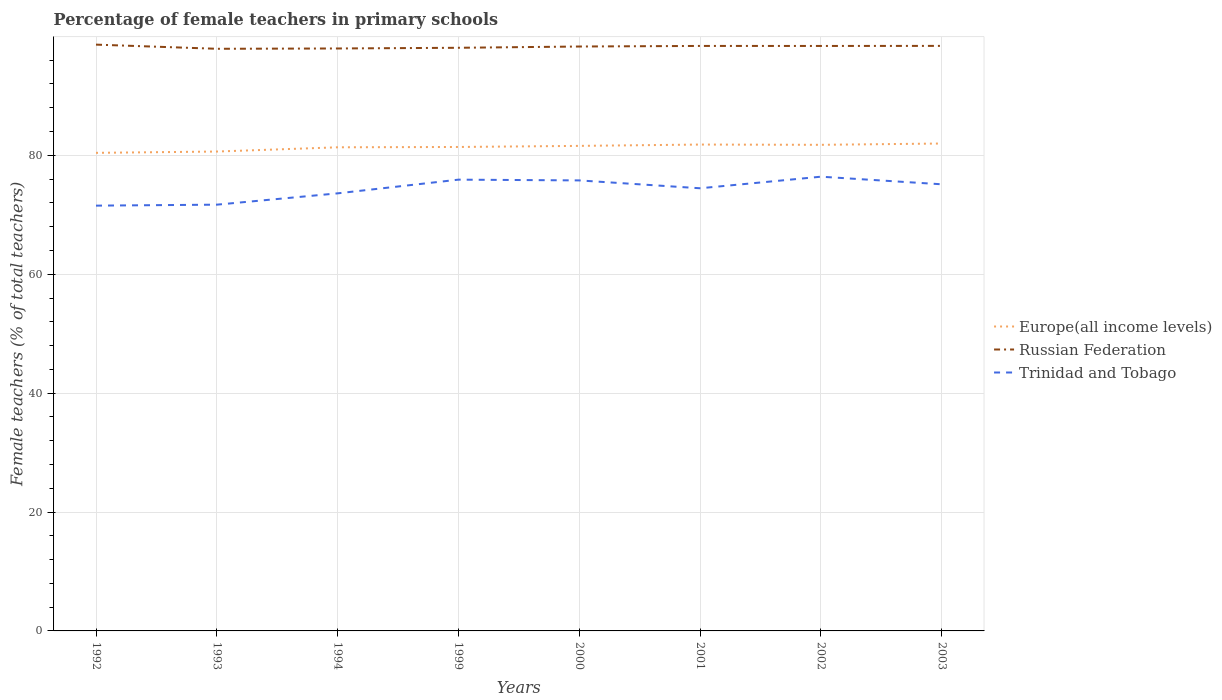
| Years | Europe(all income levels) | Russian Federation | Trinidad and Tobago |
 | --- | --- | --- | --- |
 | 1992 | 80.4 | 98.6 | 71.5 |
 | 1993 | 80.6 | 97.9 | 71.7 |
 | 1994 | 81.4 | 98 | 73.6 |
 | 1999 | 81.4 | 98.1 | 75.9 |
 | 2000 | 81.6 | 98.3 | 75.8 |
 | 2001 | 81.8 | 98.4 | 74.5 |
 | 2002 | 81.8 | 98.4 | 76.4 |
 | 2003 | 82 | 98.4 | 75.1 |